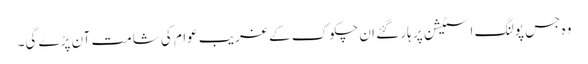
وہ جس پولنگ اسٹیشن پر ہار گئے ان چکوک کے غریب عوام کی شامت آن پڑے گی۔